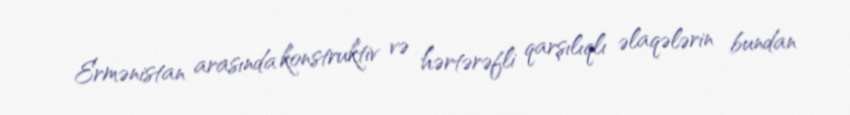
Ermənistan arasında konstruktiv və hərtərəfli qarşılıqlı əlaqələrin bundan